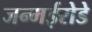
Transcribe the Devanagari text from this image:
जन्मईरोडे